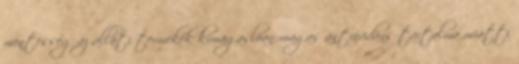
mentesség az állati termékek kimagaslóan magas antioxidáns tartalma miatti